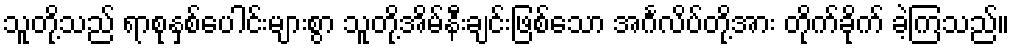
သူတို့သည် ရာစုနှစ်ပေါင်းများစွာ သူတို့အိမ်နီးချင်းဖြစ်သော အင်္ဂလိပ်တို့အား တိုက်ခိုက် ခဲ့ကြသည်။